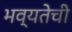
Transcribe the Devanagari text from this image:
भव्यतेची